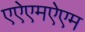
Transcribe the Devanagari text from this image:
एऐएमऐएम